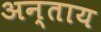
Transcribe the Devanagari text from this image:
अन्ताय